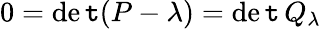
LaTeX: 0=\operatorname*{de\mathtt{t}}(P-\lambda)=\operatorname*{de\mathtt{t}}Q_{\lambda}